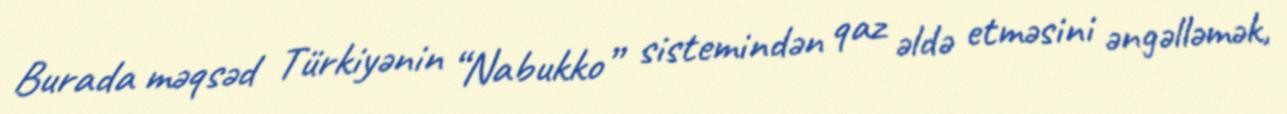
Burada məqsəd Türkiyənin “Nabukko” sistemindən qaz əldə etməsini əngəlləmək,